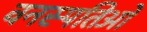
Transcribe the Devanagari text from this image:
वनस्पतिओं